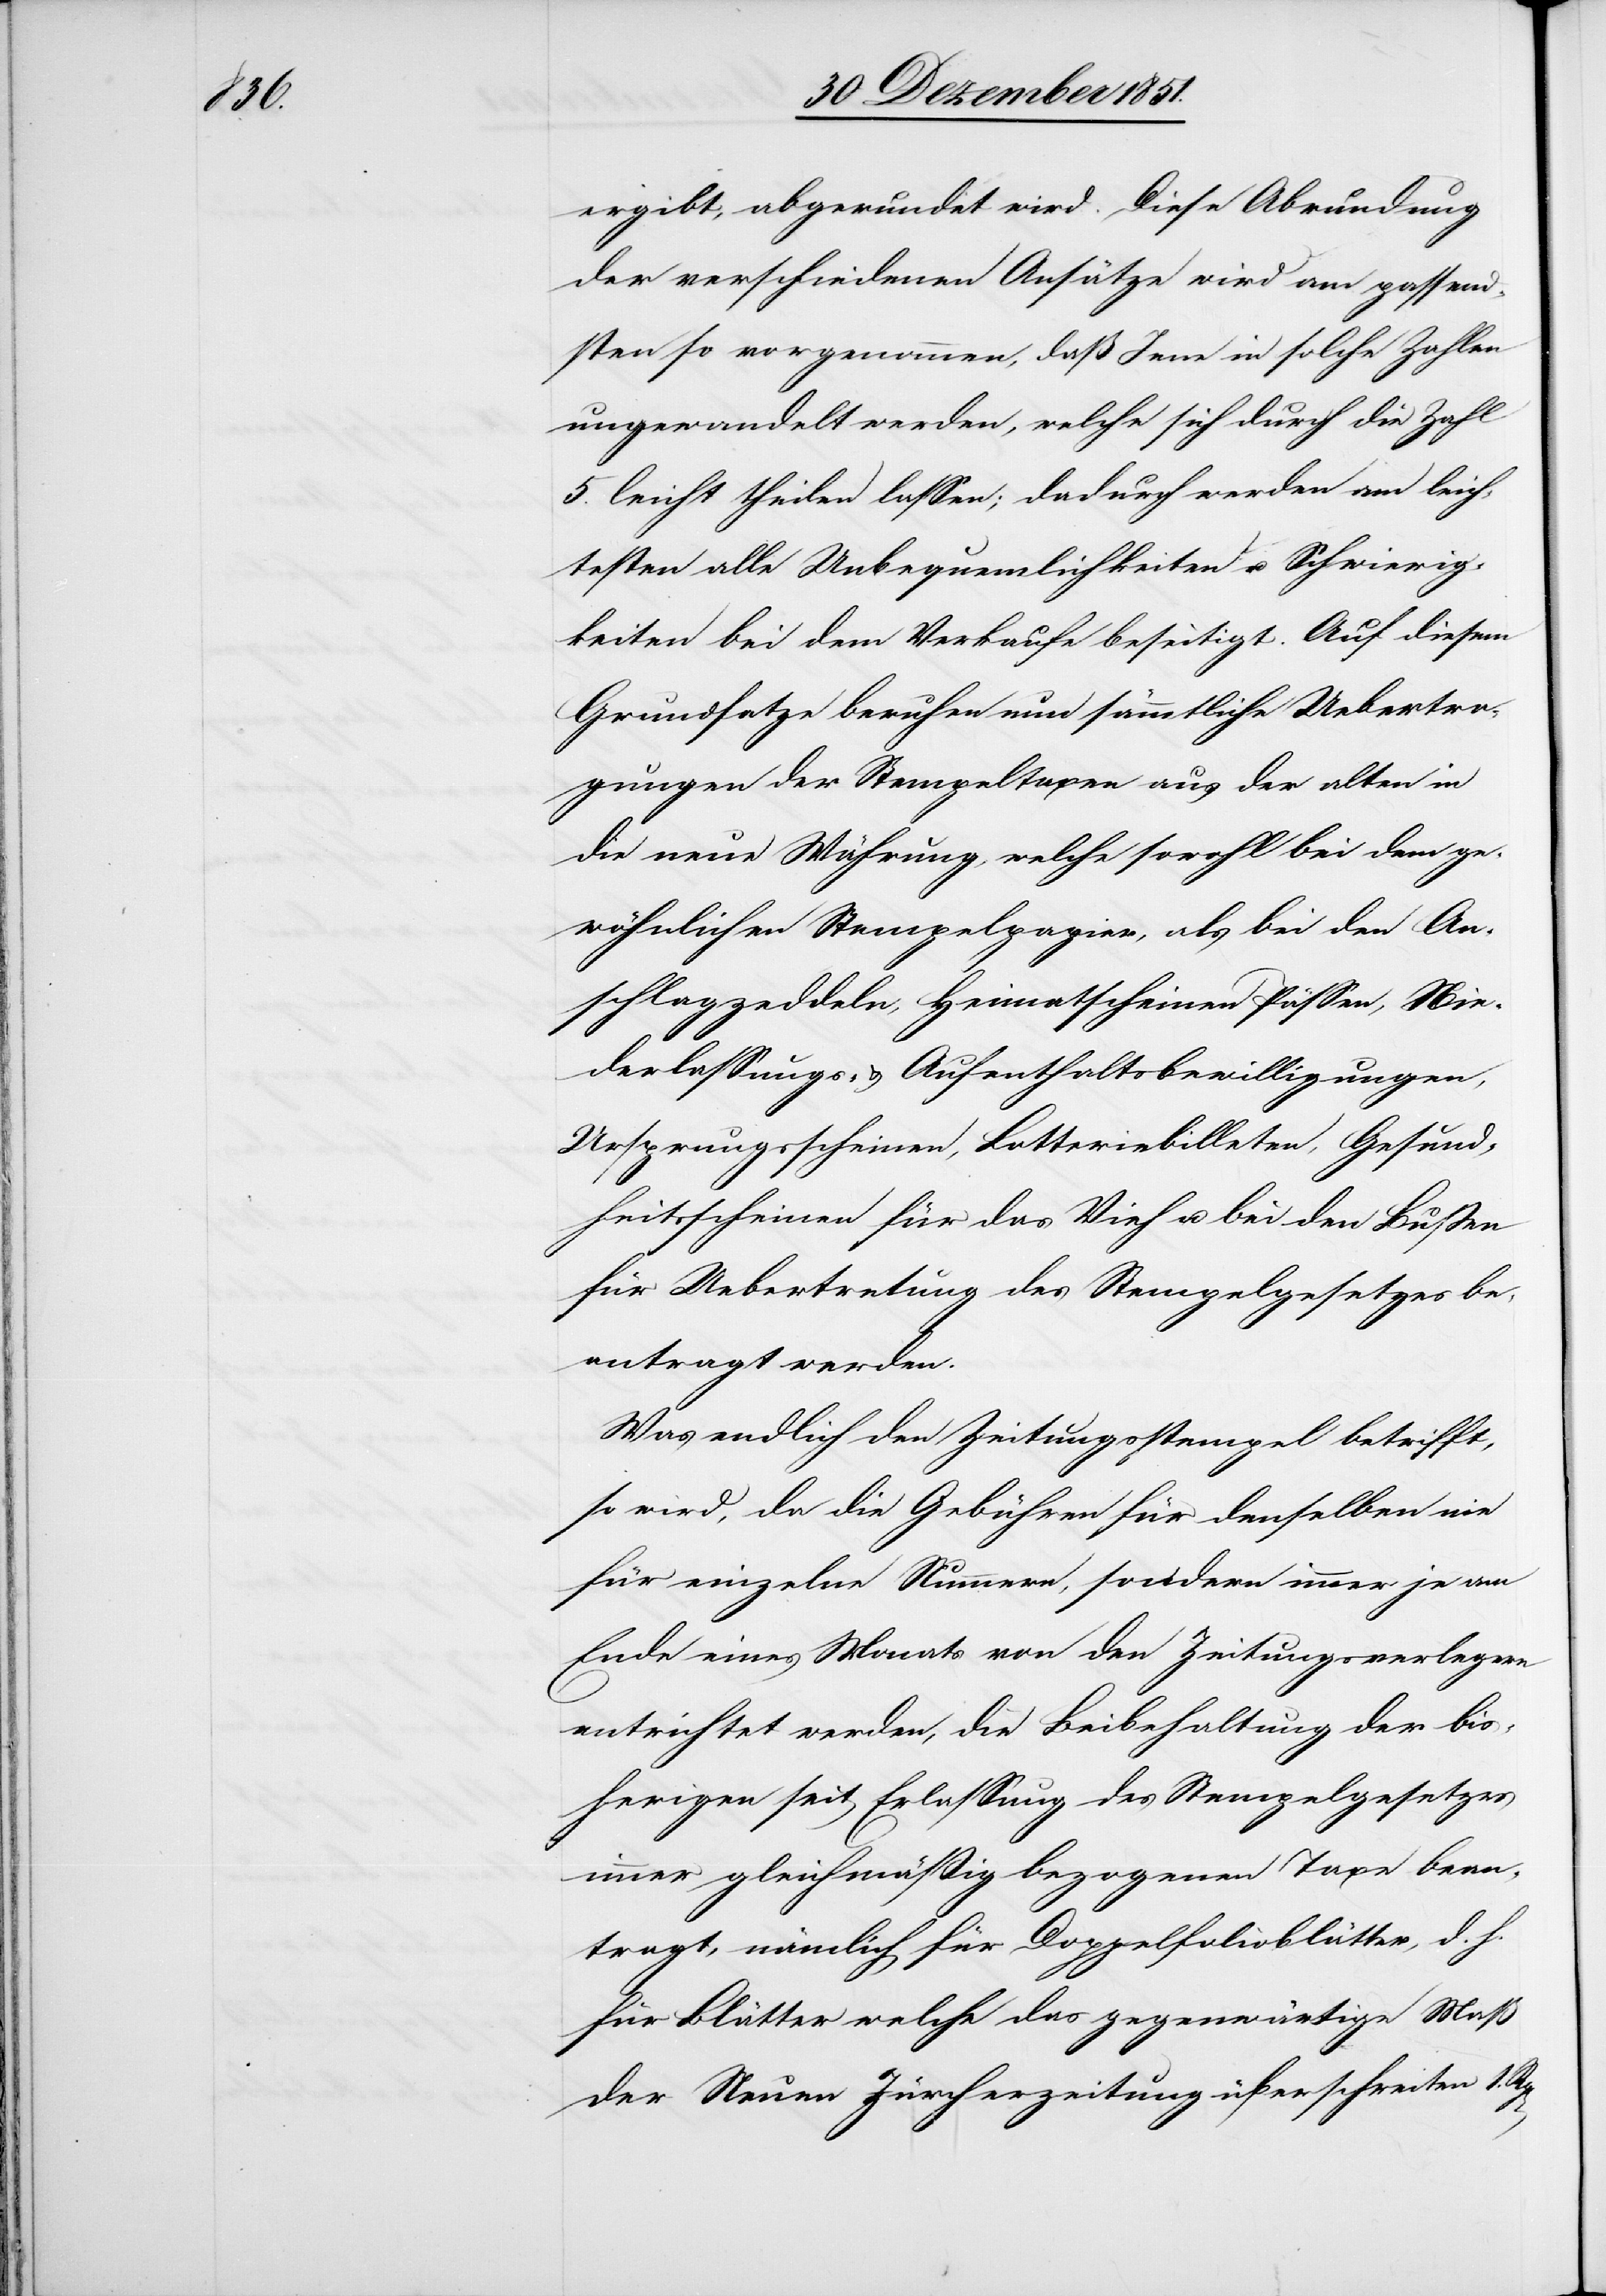
Zahl

ergibt, abgerundet wird. Diese Abrundung
der verschiedenen Ansätze wird am passend¬
sten so vorgenommen, daß Jene in solche Zahlen
5. leicht theilen lassen; dadurch werden am leich¬
testen alle Unbequemlichkeiten u. Schwierig¬
keiten bei dem Verkaufe beseitigt. Auf diesem
Grundsatze beruhen nun sämmtliche Uebertra¬
gungen der Stempeltaxen aus der alten in
die neue Währung, welche sowohl bei dem ge¬
wöhnlichen Stempelpapier, als bei den An¬
schlagzeddeln, Heimatscheinen[,] Pässen, Nie¬
derlassungs- & Aufenthaltsbewilligungen,
Ursprungsscheinen, Lotteriebilleten, Gesund¬
heitsscheinen für das Vieh u. bei den Bußen
für Uebertretung des Stempelgesetzes be¬
antragt werden.
Was endlich den Zeitungsstempel betrifft,
so wird, da die Gebühren für denselben nie
für einzelne Nummern, sondern immer je am
Ende eines Monats von den Zeitungsverlegern
entrichtet werden, die Beibehaltung der bis¬
herigen seit Erlassung des Stempelgesetzes
immer gleichmäßig bezogenen Taxe bean¬
tragt, nämlich die Doppelfolioblätter, d. h.
für Blätter welche das gegenwärtige Maß
der Neuen Zürcherzeitung überschreiten 1.